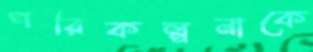
পরিকল্পনাকে